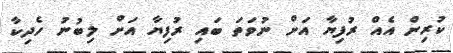
ކުރިން އެއް ރުފިޔާ އަށް ނުވަތަ ބައި ރުފިޔާ އަށް ލިބުނު ހެދިކާ